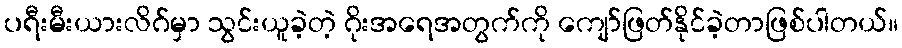
ပရီးမီးယားလိဂ်မှာ သွင်းယူခဲ့တဲ့ ဂိုးအရေအတွက်ကို ကျော်ဖြတ်နိုင်ခဲ့တာဖြစ်ပါတယ်။